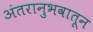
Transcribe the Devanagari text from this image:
अंतरानुभवातून